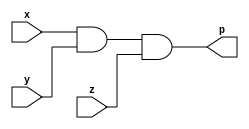
module andgate(
    input x,
    input y,
    input z,
    output p
);

assign p = (x&y&z);
endmodule